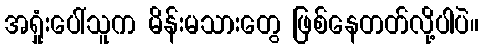
အရှုံးပေါ်သူက မိန်းမသားတွေ ဖြစ်နေတတ်လို့ပါပဲ။